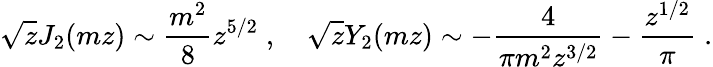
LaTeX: \sqrt{z}J_{2}(mz)\sim{\frac{m^{2}}{8}}z^{5/2}\; ,~~~~\sqrt{z}Y_{2}(mz)\sim-{\frac{4}{\pi m^{2}z^{3/2}}}-{\frac{z^{1/2}}{\pi}}\; .